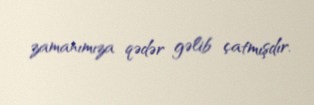
zamanımıza qədər gəlib çatmışdır.